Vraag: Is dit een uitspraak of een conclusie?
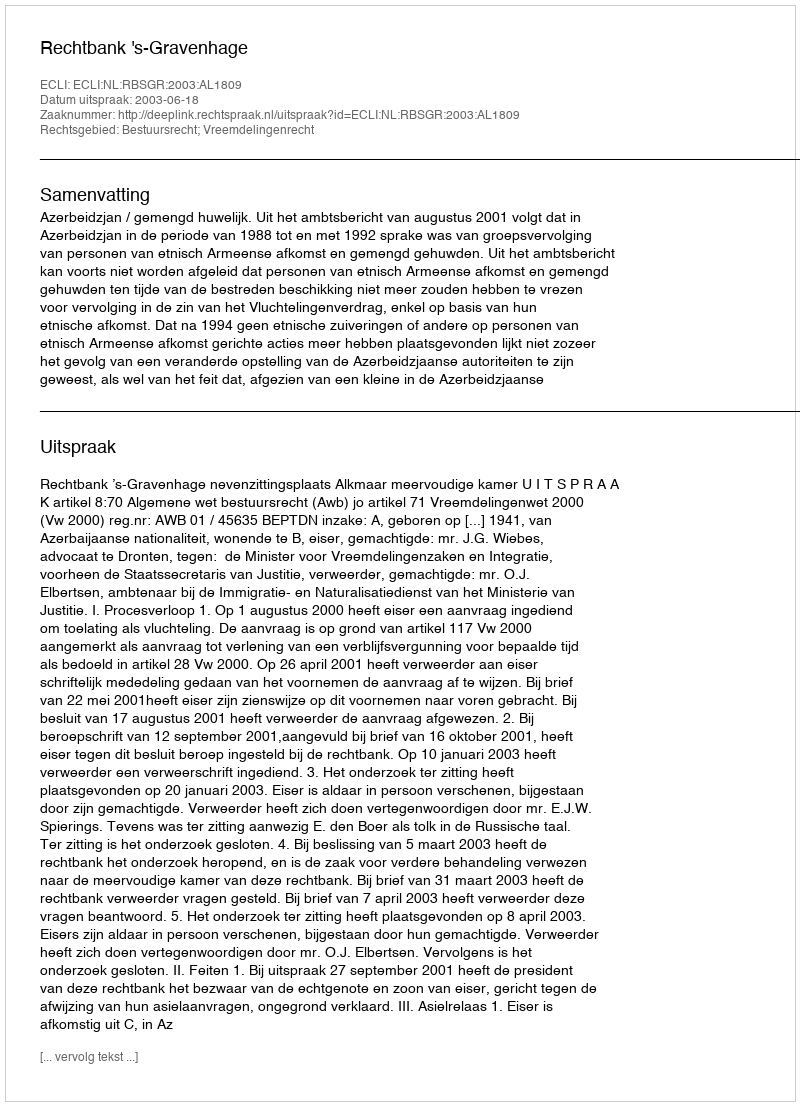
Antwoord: Uitspraak